system: You are a helpful assistant.
user:
Analyze the provided spectrum to determine if it is a **"Cataclysmic Variables (CV)"**.

- **Key Indicators for CV (Check for either state):**
    - **State 1: Quiescent / Low-State (Emission-Dominated)**
        - **(Primary):** Strong and *very broad* Hydrogen Balmer emission lines (e.g., $H\alpha$ at 6563 Å, $H\beta$ at 4861 Å). The 'broadness' (high velocity dispersion, often FWHM > 1000 km/s) is the key diagnostic, indicating a high-velocity accretion disk.
        - **(Secondary):** Broad neutral Helium (He I) emission lines (e.g., 5876 Å, 6678 Å).
        - **(Key Confirmation):** Presence of high-excitation *ionized* Helium (He II) emission at 4686 Å. This is a strong indicator of accretion onto a white dwarf.
        - **(Line Profile):** Emission lines may exhibit a 'double-peaked' profile, which is a classic signature of a rotating accretion disk viewed at high inclination.

    - **State 2: Outburst / High-State (Absorption-Dominated)**
        - **(Primary):** Spectrum is dominated by a bright, blue continuum (looks like a hot star).
        - **(Secondary):** The emission lines from State 1 are weak, absent, or 'filled in', and are replaced by broad, shallow *absorption* lines (primarily Balmer and He I).
        - **(Morphology):** The overall spectrum mimics a hot B/A-type star. The crucial difference is that the absorption lines are significantly broader, shallower, and more 'washed-out' (or 'smeared') than the sharp lines of a normal stellar photosphere, due to high rotational speeds and pressure broadening in the disk.

Think first, call **spectral_visualization_tool** if needed to examine features in detail, then provide your final answer. Your response must adhere to the following strict rules:
1.  **Overall Structure:** Your response must follow the format `<think>...</think> <tool_call>...</tool_call> (if a tool is used) <answer>...</answer>`.
2.  **Tool Usage Constraint:** You may only make **one** tool call per turn.
3.  **Final Answer Format:** In the `<answer>` tag, your conclusion must be inside a `\boxed{}` command (e.g., `\boxed{YES}`), followed by your justification.

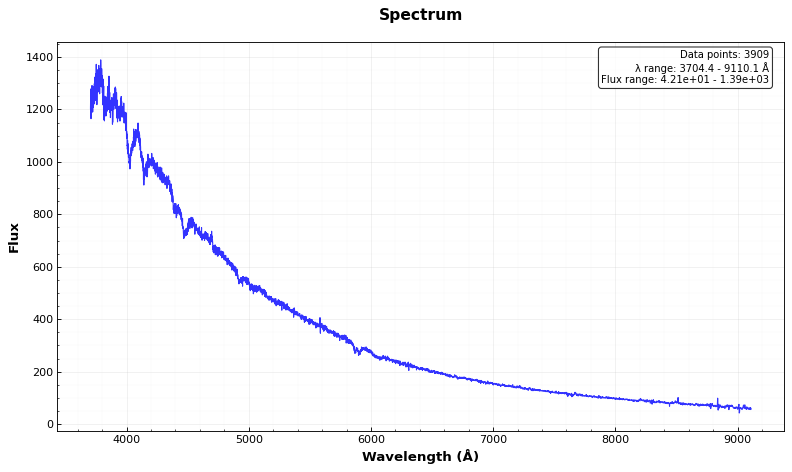
Answer: YES